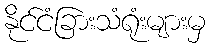
နိုင်ငံခြားသံရုံးများမှ